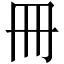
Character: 冊